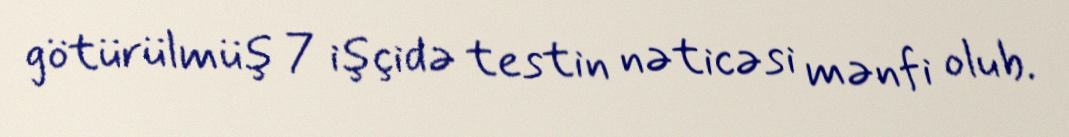
götürülmüş 7 işçidə testin nəticəsi mənfi olub.